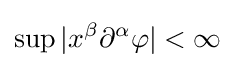
\sup |x^{\beta }\partial ^{\alpha }\varphi |<\infty